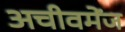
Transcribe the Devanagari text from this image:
अचीवमेंज